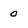
Character: 0